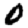
Digit: 0